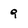
Character: 9